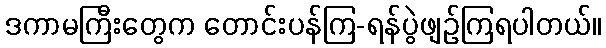
ဒကာမကြီးတွေက တောင်းပန်ကြ-ရန်ပွဲဖျဉ်ကြရပါတယ်။